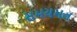
સમયમત